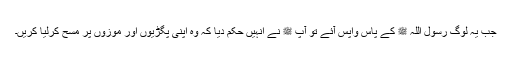
جب یہ لوگ رسول اللہ ﷺ کے پاس واپس آئے تو آپ ﷺ نے انہیں حکم دیا کہ وہ اپنی پگڑیوں اور موزوں پر مسح کرلیا کریں۔